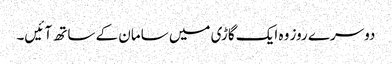
دوسرے روز وہ ایک گاڑی میں سامان کے ساتھ آ ئیں۔